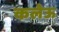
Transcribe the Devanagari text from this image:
कलेऊ